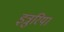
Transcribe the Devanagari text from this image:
इत्रुरिया